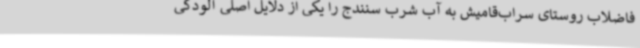
فاضلاب روستای سراب‌قامیش به آب شرب سنندج را یکی از دلایل اصلی آلودگی